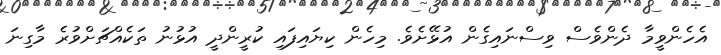
އެހެންވީމާ ދެންވެސް ވިސްނައިގެން އުޅޭށެވެ. މިހެން ކިޔައިފައި ކުރީންދީ އުޅުނު ތަކެއްޗަށްވުރެ މާގިނަ